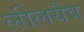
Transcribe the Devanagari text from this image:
लीलयैव